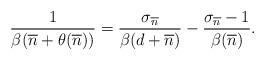
LaTeX: \begin{align*}\frac{1}{\beta(\overline{n}+\theta(\overline{n}))}=\frac{\sigma_{\overline{n}}}{\beta(d+\overline{n})}-\frac{\sigma_{\overline{n}}-1}{\beta(\overline{n})}.\end{align*}